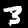
Label: 3